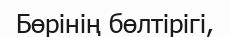
Бөрінің бөлтірігі,